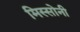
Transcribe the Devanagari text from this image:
मिस्सोनी